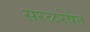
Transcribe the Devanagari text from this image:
सरळरेषेत